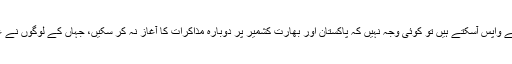
انہوں نے کہا ہے کہ اگر امریکہ اور شمالی کوریا ایٹمی جنگ کے قریب سے واپس آسکتے ہیں تو کوئی وجہ نہیں کہ پاکستان اور بھارت کشمیر پر دوبارہ مذاکرات کا آغاز نہ کر سکیں، جہاں کے لوگوں نے ٖغاصبانہ قبضے اور جارحیت کے خلاف ایک عظیم جدوجہد رقم کر دی ہے۔